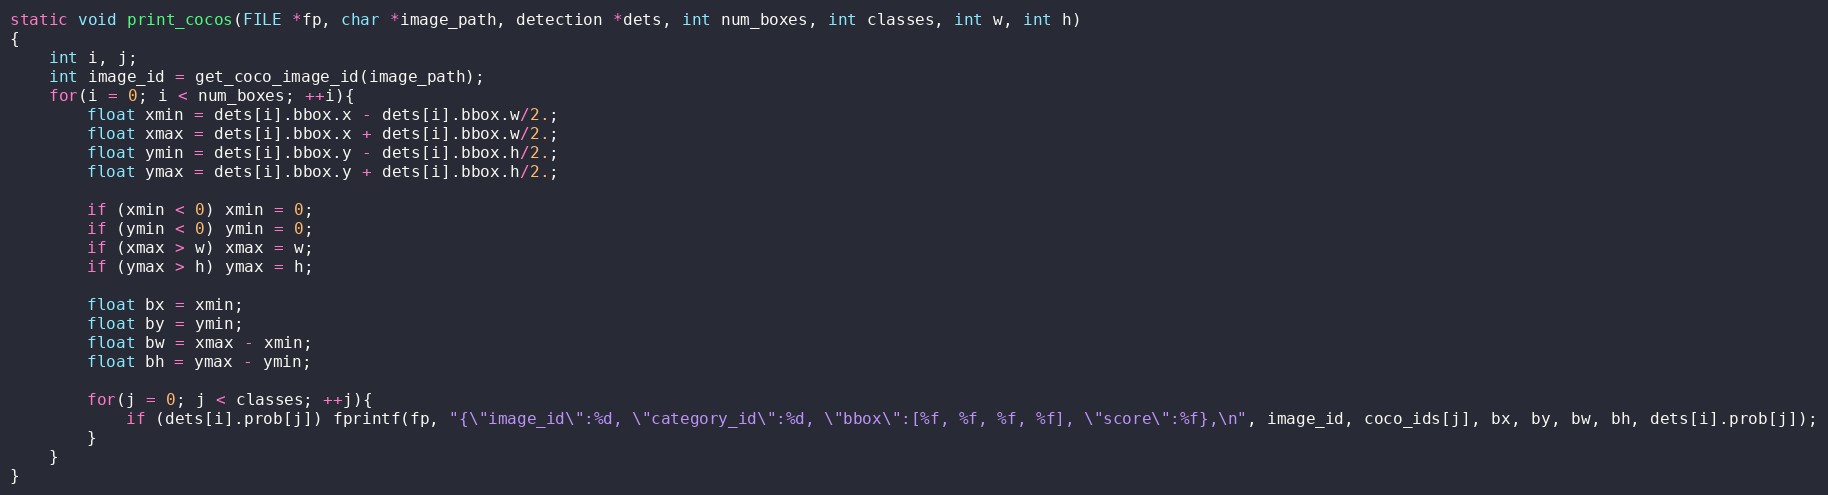
Language: C
static void print_cocos(FILE *fp, char *image_path, detection *dets, int num_boxes, int classes, int w, int h)
{
    int i, j;
    int image_id = get_coco_image_id(image_path);
    for(i = 0; i < num_boxes; ++i){
        float xmin = dets[i].bbox.x - dets[i].bbox.w/2.;
        float xmax = dets[i].bbox.x + dets[i].bbox.w/2.;
        float ymin = dets[i].bbox.y - dets[i].bbox.h/2.;
        float ymax = dets[i].bbox.y + dets[i].bbox.h/2.;

        if (xmin < 0) xmin = 0;
        if (ymin < 0) ymin = 0;
        if (xmax > w) xmax = w;
        if (ymax > h) ymax = h;

        float bx = xmin;
        float by = ymin;
        float bw = xmax - xmin;
        float bh = ymax - ymin;

        for(j = 0; j < classes; ++j){
            if (dets[i].prob[j]) fprintf(fp, "{\"image_id\":%d, \"category_id\":%d, \"bbox\":[%f, %f, %f, %f], \"score\":%f},\n", image_id, coco_ids[j], bx, by, bw, bh, dets[i].prob[j]);
        }
    }
}